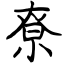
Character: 尞